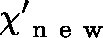
\mathbf { \chi } _ { \mathrm { ~ n ~ e ~ w ~ } } ^ { \prime }